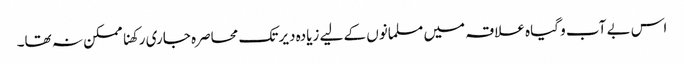
اس بے آب و گیاہ علاقہ میں مسلمانوں کے لیے زیادہ دیر تک محاصرہ جاری رکھنا ممکن نہ تھا۔